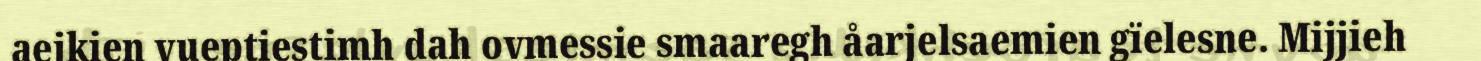
aejkien vueptiestimh dah ovmessie smaaregh åarjelsaemien gïelesne. Mijjieh